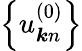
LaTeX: \left\{ u_{\boldsymbol{k}n}^{(0)}\right\}